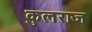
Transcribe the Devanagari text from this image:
कुलराज